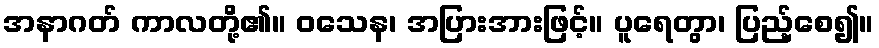
အနာဂတ် ကာလတို့၏။ ဝသေန၊ အပြားအားဖြင့်။ ပူရေတွာ၊ ပြည့်စေ၍။